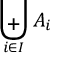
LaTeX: \biguplus _ { i \in I } A _ { i }